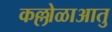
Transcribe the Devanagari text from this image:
कल्लोळाआतु